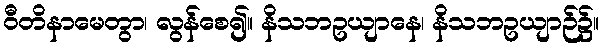
ဝီတိနာမေတွာ၊ လွန်စေ၍။ နိသဘဥယျာနေ၊ နိသဘဥယျာဉ်၌။